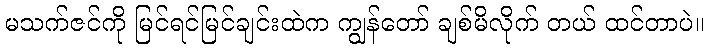
မသက်ဇင်ကို မြင်ရင်မြင်ချင်းထဲက ကျွန်တော် ချစ်မိလိုက် တယ် ထင်တာပဲ။